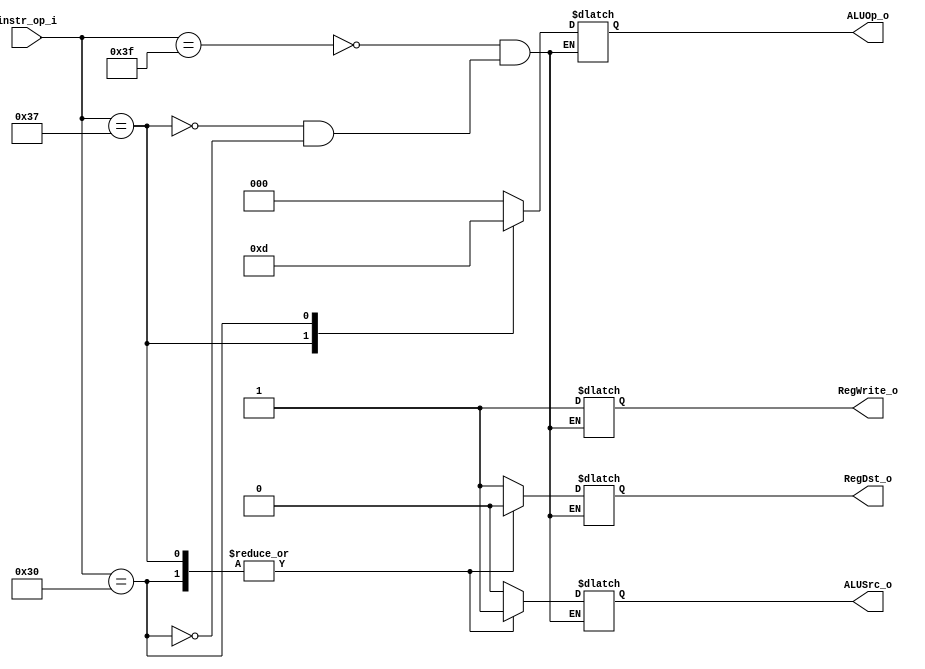
module Decoder( instr_op_i, RegWrite_o,	ALUOp_o, ALUSrc_o, RegDst_o );
     
//I/O ports
input	[6-1:0] instr_op_i;

output			RegWrite_o;
output	[3-1:0] 	ALUOp_o;
output			ALUSrc_o;
output			RegDst_o;
 
//Internal Signals
wire	[3-1:0] ALUOp_o;
wire			ALUSrc_o;
wire			RegWrite_o;
wire			RegDst_o;

//Main function

reg RegWrite_o_reg ,  ALUSrc_o_reg , RegDst_o_reg;
reg [3-1:0]ALUOp_o_reg;

			//instr_op_i gives me the type of instruction
always@(instr_op_i)begin
	case(instr_op_i)	//regdest
		6'b111111:RegDst_o_reg=1;		//r type
		6'b110111:RegDst_o_reg=0;		//i type
		6'b110000:RegDst_o_reg=0;		//lui
	endcase
	case(instr_op_i)	//
		6'b111111:RegWrite_o_reg=1;
		6'b110111:RegWrite_o_reg=1;
		6'b110000:RegWrite_o_reg=1;
	endcase
	case(instr_op_i)	//
		6'b111111:ALUOp_o_reg=3'b000;	//r type
		6'b110111:ALUOp_o_reg=3'b001;	//i type , addi
		6'b110000:ALUOp_o_reg=3'b101;	//lui
	endcase	
	case(instr_op_i)	//
		6'b111111:ALUSrc_o_reg=0;
		6'b110111:ALUSrc_o_reg=1;
		6'b110000:ALUSrc_o_reg=1;
	endcase
end

assign ALUOp_o = ALUOp_o_reg;
assign RegWrite_o = RegWrite_o_reg;
assign ALUSrc_o = ALUSrc_o_reg;
assign RegDst_o = RegDst_o_reg;


/*your code here*/

endmodule